Code of medical and sanitary regulations for the guidance of medical officers serving in the Madras Presidency - Volume II
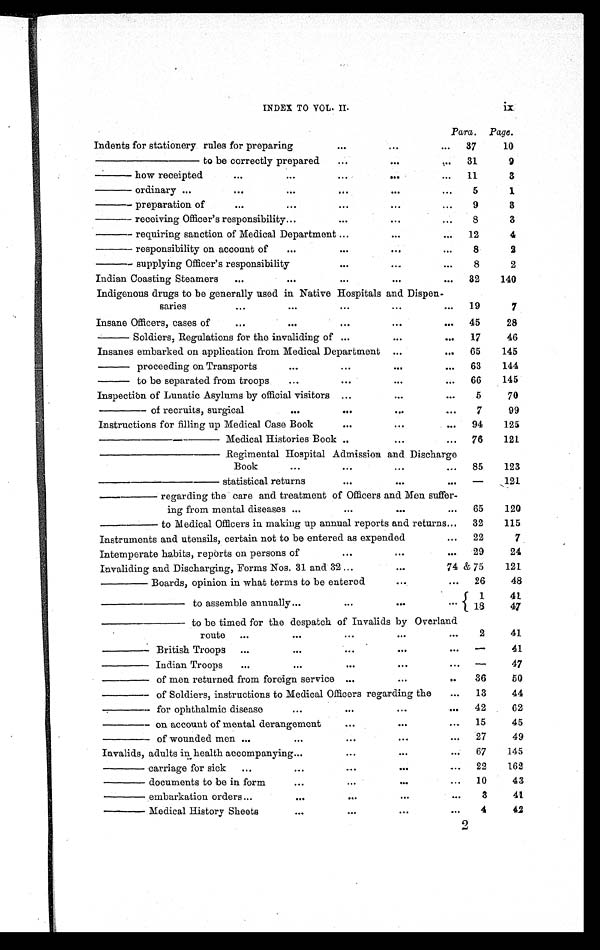
INDEX TO VOL. II. ix
Para. Page.
Indents for stationery rules for preparing
...
...
... 37
10
———————— to be correctly prepared
...
...
... 31
9
——— how receipted
. . .
. . .
...
. . .
... 11
3
——— ordinary ...
. . .
. . .
. . .
. . .
. . .
5
1
——— preparation of
. . .
...
...
. . .
. . .
9
3
——— receiving Officer's responsibility . . .
. . .
. . .
...
8
3
——— requiring sanction of Medical Department ...
. . .
... 12
4
——— responsibility on account of
...
...
. . .
. . .
8
2
——— supplying Officer's responsibility
...
. . .
. . .
8
2
Indian Coasting Steamers ...
...
...
. . .
... 32
140
Indigenous drugs to be generally used in Native Hospitals and Dispen-
saries
. . .
. . .
...
. . .
... 19
7
Insane Officers, cases of
. . .
...
. . .
...
. . . 45
28
——— Soldiers, Regulations for the invaliding of ...
. . . ... 17
46
Insanes embarked on application from Medical Department ...
... 65
145
——— proceeding on Transports
. . .
...
. . . ... 63
144
——— to be separated from troops
...
...
. . .
. . . 66
145
Inspection of Lunatic Asylums by official visitors ...
. . .
. . .
5
70
———— of recruits, surgical
. . .
. . .
. . . ...
7
99
Instructions for filling up Medical Case Book
. . .
. . . ... 94
125
—————————— Medical Histories Book ..
. . . ... 76
121
— — — — — — — — — — — R e g i m e n t a l H o s p i t a l A d m i s s i o n a n d D i s c h a r g e
Book
. . .
. . .
. . . ... 85
123
— — — — — — — — — — — s t a t i s t i c a l r e t u r n s
. . .
...
... —
121
————— regarding the care and treatment of Officers and Men suffer-
ing from mental diseases ...
. . .
. . . ... 65
120
————— to Medical Officers in making up annual reports and returns...
32
115
Instruments and utensils, certain not to be entered as expended
... 22
7
Intemperate habits, reports on persons of
. . .
. . .
. . .
29
24
Invaliding and Discharging, Forms Nos. 31 and 32 ...
. . . 74 & 75
121
———— Boards, opinion in what terms to be entered ...
... 26
48
— — — — — — — t o a s s e m b l e a n n u a l l y . . .
. . .
. . .
. . .
1
41
18
47
— — — — — — — t o b e t i m e d f o r t h e d e s p a t c h o f I n v a l i d s b y O v e r l a n d
route ...
. . .
...
. . .
. . .
2
41
———— British Troops ...
. . .
. . .
. . .
. . .
—
41
———— Indian Troops
...
. . .
. . .
. . .
. . . —
47
———— of men returned from foreign service ...
...
..
36
50
———— of Soldiers, instructions to Medical Officers regarding the ...
13
44
———— for ophthalmic disease
. . .
. . .
. . .
. . . 42
62
———— on account of mental derangement
. . .
. . .
. . . 15
45
———— of wounded men ...
...
. . .
. . .
. . . 27
49
Invalids, adults in health accompanying ...
. . .
...
... 67
145
———— carriage for sick ...
. . .
....
. . .
.... 22
162
———— documents to be in form
...
. . .
. . .
... 10
43
———— embarkation orders...
. . .
. . .
. . .
. . . 3
41
———— Medical History Sheets
...
. . .
. . .
. . .
4
42
2